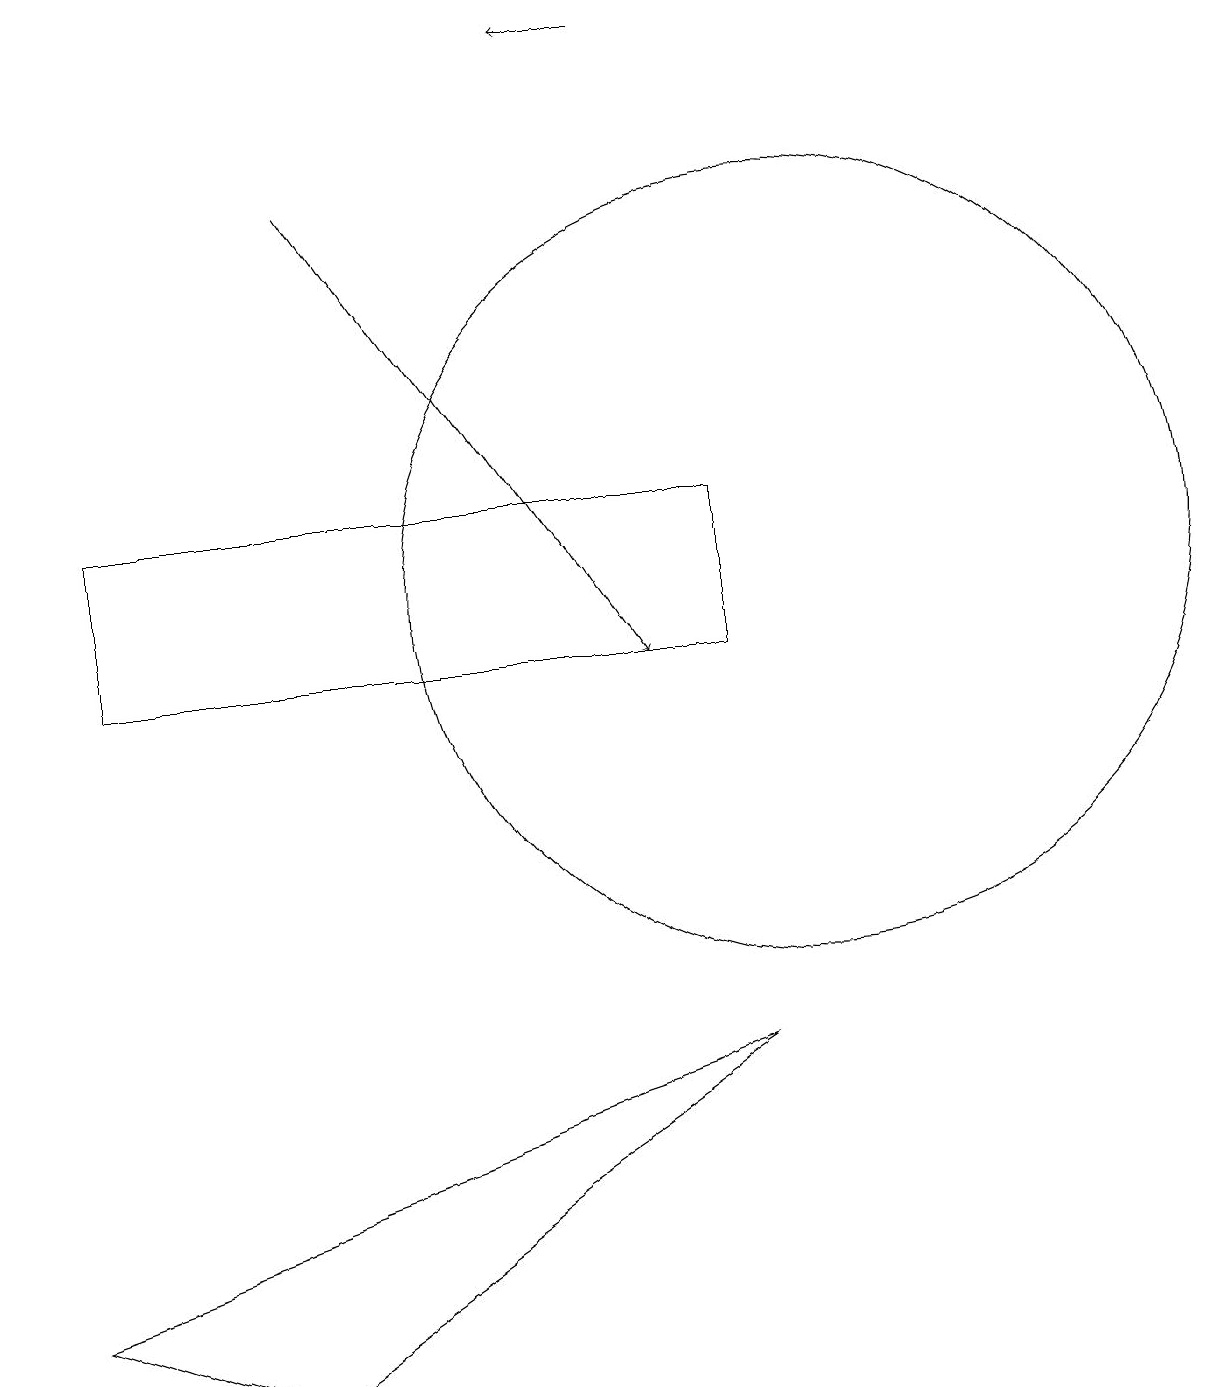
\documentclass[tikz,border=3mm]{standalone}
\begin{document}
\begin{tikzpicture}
\draw (9,10) rectangle (1,12);
\draw[->] (8,18) -- (7,18);
\draw (9,5) -- (3,1) -- (0,2) -- cycle;
\draw (11,10) circle (0);
\draw (10,11) circle (5);
\draw[->] (4,16) -- (8,10);
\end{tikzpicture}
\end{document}